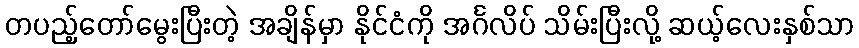
တပည့်တော်မွေးပြီးတဲ့ အချိန်မှာ နိုင်ငံကို အင်္ဂလိပ် သိမ်းပြီးလို့ ဆယ့်လေးနှစ်သာ